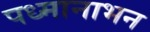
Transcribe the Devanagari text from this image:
पध्मानाभन